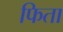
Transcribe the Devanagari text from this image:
फिता